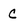
Character: c